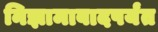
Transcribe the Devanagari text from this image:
निझामाबादपर्यंत